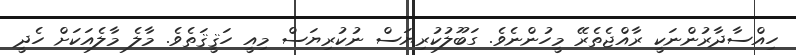
ހިއްސާދާރުންނަކީ ރާއްޖެތެރޭ މީހުންނެވެ. ގަބޫލުކުރިޔަސް ނުކުރިޔަސް މިއީ ހަޤީޤަތެވެ. މާލެ މާލެއަކަށް ހެދީ